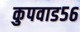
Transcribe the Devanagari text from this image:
कुपवाड५६